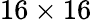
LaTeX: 16\times 16